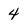
Character: 4